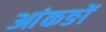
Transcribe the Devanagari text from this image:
आंकङों